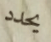
يحدد